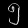
Digit: ၅